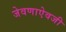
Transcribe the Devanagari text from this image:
जेवणाऐवजी